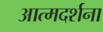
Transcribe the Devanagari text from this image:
आत्मदर्शना